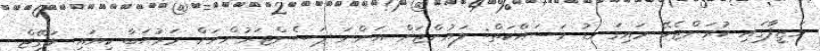
ވަޒީފާގައި ކުރަންޖެހޭ މައިގަނޑު މަސައްކަތް: ލައުންޖަށް އަންނަ ޕަސެންޖަރުންނަށް މަރުޙަބާ ކިޔައި ލަގޭޖް